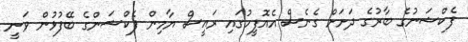
ފެކްޝަނުގެ ބާރުގެ ދަށަށް ގެނެސް އެއޮފީހުގައި ރައީސް ޔާމިން ފެކްޝަންގެ ބޭފުޅުން ވަނީ